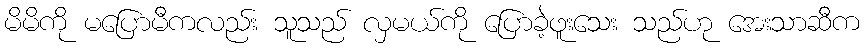
မိမိကို မပြောမီကလည်း သူသည် လှမယ်ကို ပြောခဲ့ဖူးသေး သည်ဟု အေးသာဆီက